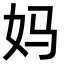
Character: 妈